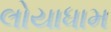
લોયાધામ